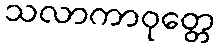
သလာကာဝုတ္တေ